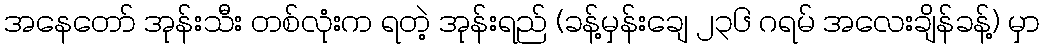
အနေတော် အုန်းသီး တစ်လုံးက ရတဲ့ အုန်းရည် (ခန့်မှန်းချေ ၂၃၆ ဂရမ် အလေးချိန်ခန့်) မှာ